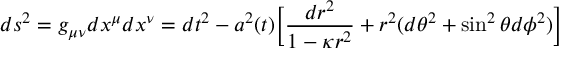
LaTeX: d s ^ { 2 } = g _ { \mu \nu } d x ^ { \mu } d x ^ { \nu } = d t ^ { 2 } - a ^ { 2 } ( t ) \biggl [ \frac { d r ^ { 2 } } { 1 - { \kappa } r ^ { 2 } } + r ^ { 2 } ( d \theta ^ { 2 } + \sin ^ { 2 } { \theta } d \phi ^ { 2 } ) \biggr ]